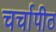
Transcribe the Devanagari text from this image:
चर्चापीठ